Civil Veterinary Department. United Provinces 1912-22 - 1912-1922
Year: 1912
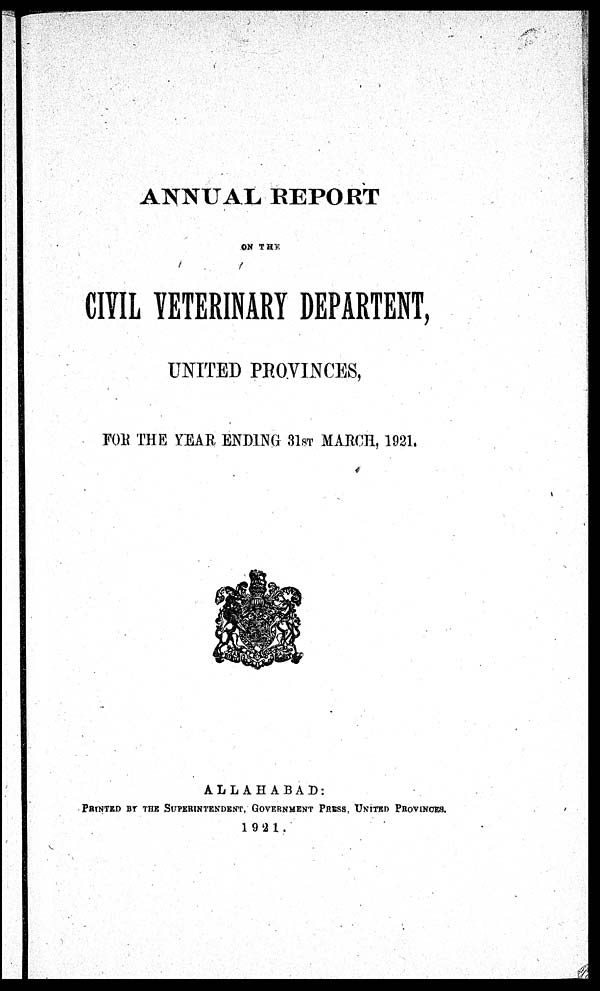
ANNUAL REPORT
ON THE
CIVIL VETERINARY DEPARTENT,
UNITED PROVINCES,
FOR THE YEAR ENDING 31ST MARCH, 1921.
ALLAHABAD:
PRINTED BY THE SUPERINTENDENT, GOVERNMENT PRESS, UNITED PROVINCES.
1921.